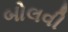
બોલવી